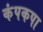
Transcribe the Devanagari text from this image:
कंपकपा